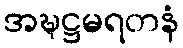
အဍ္ဎဋ္ဌမရတနံ